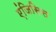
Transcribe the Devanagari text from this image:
एंजिसिस